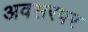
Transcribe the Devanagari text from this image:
अवसरपर